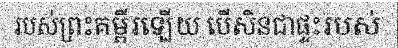
របស់ព្រះគម្ពីរឡើយ បើសិនជាផ្ទះរបស់